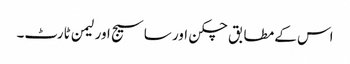
اس کے مطابق چکن اور ساسیج اور لیمن ٹارٹ۔